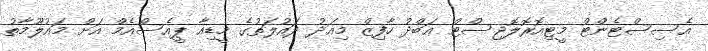
އެސިސްޓެންޓް މީޓިއޮރޮލޮޖިސްޓް ޢަބްދު ހާފިޒް މިއަދު ދައުލަތުގެ މީޑިއާ ޕީއެސްއެމް އަށް މައުލޫމާތު